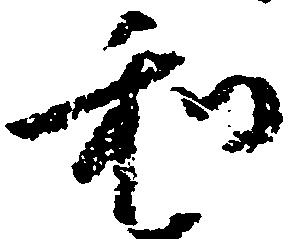
和